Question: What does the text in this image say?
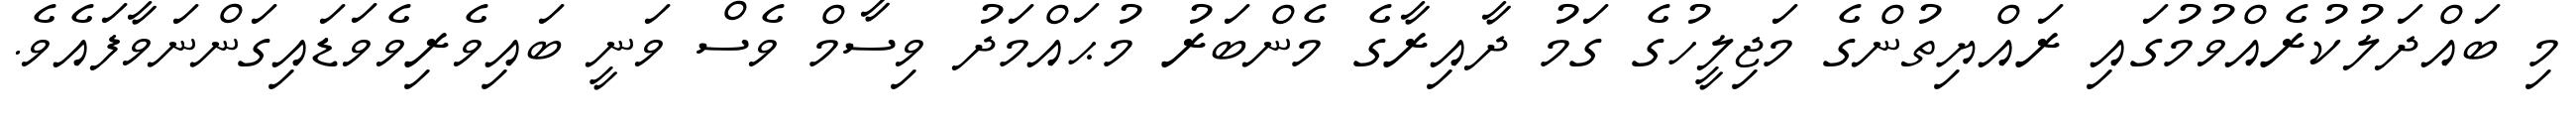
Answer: މި ބައްދަލުކުރެއްވުމުގައި ރައްޔިތުންގެ މަޖިލީހުގެ ގަމު ދާއިރާގެ މެންބަރު މުޙައްމަދު ވިސާމް ވެސް ވަނީ ބައިވެރިވެވަޑައިގަންނަވާފައެވެ.